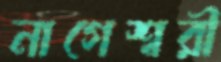
নাগেশ্বরী